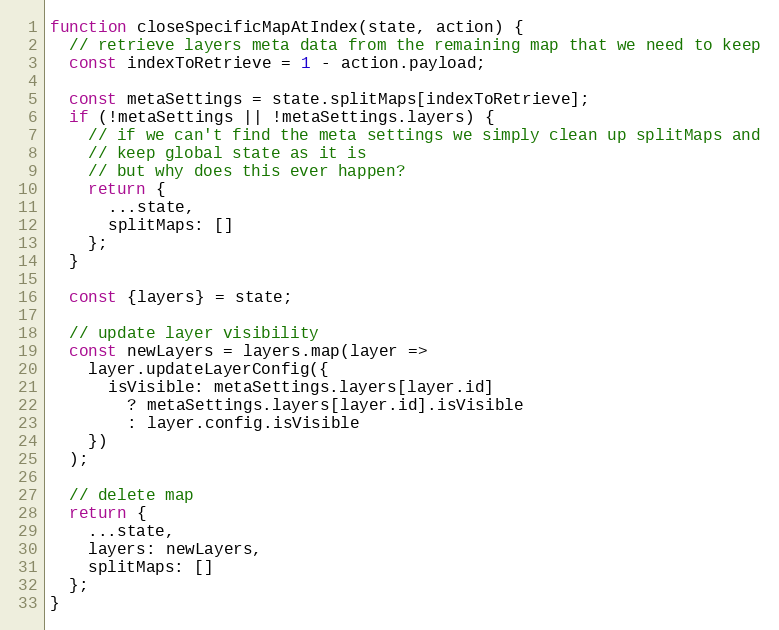
Language: JavaScript
function closeSpecificMapAtIndex(state, action) {
  // retrieve layers meta data from the remaining map that we need to keep
  const indexToRetrieve = 1 - action.payload;

  const metaSettings = state.splitMaps[indexToRetrieve];
  if (!metaSettings || !metaSettings.layers) {
    // if we can't find the meta settings we simply clean up splitMaps and
    // keep global state as it is
    // but why does this ever happen?
    return {
      ...state,
      splitMaps: []
    };
  }

  const {layers} = state;

  // update layer visibility
  const newLayers = layers.map(layer =>
    layer.updateLayerConfig({
      isVisible: metaSettings.layers[layer.id]
        ? metaSettings.layers[layer.id].isVisible
        : layer.config.isVisible
    })
  );

  // delete map
  return {
    ...state,
    layers: newLayers,
    splitMaps: []
  };
}